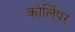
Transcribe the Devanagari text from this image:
कोर्लिपर